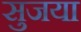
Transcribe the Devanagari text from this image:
सुजया